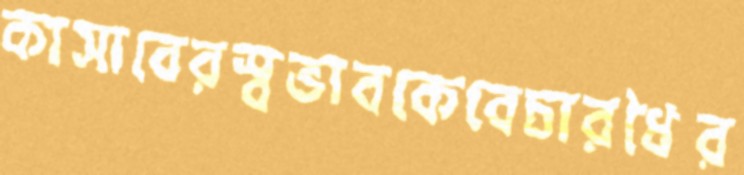
কাসাবেরস্বভাবকেবেচারধৈর